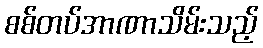
စစ်တပ်အာဏာသိမ်းသည့်